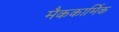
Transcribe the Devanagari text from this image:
मैककार्मिक